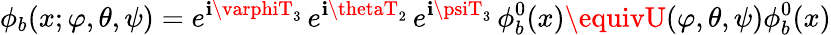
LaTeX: \phi_{b}(x;\varphi,\theta,\psi)=e^{\mathbf{i}\varphiT_{3}}\, e^{\mathbf{i}\thetaT_{2}}\, e^{\mathbf{i}\psiT_{3}}\, \phi_{b}^{0}(x)\equivU(\varphi,\theta,\psi)\phi_{b}^{0}(x)